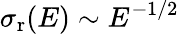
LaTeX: \sigma_{\mathrm{r}}(E)\sim E^{-1/2}